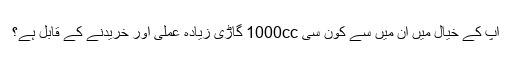
آپ کے خیال میں ان میں سے کون سی 1000cc گاڑی زیادہ عملی اور خریدنے کے قابل ہے؟